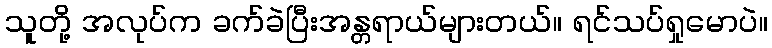
သူတို့ အလုပ်က ခက်ခဲပြီးအန္တရာယ်များတယ်။ ရင်သပ်ရှုမောပဲ။